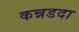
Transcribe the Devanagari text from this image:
कन्नडदा